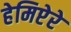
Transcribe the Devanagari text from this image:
हेमिप्टेरे